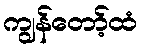
ကျွန်တော့်ထံ